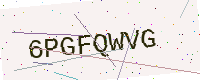
Text: 6PGFQWVG